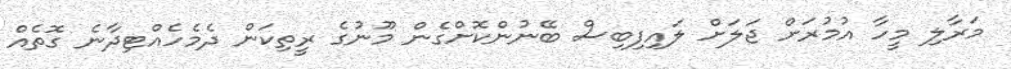
މަރާލި މީހާ އުމުރަށް ޖަލަށް ލައިފިބިސް ބޭނުންކޮށްގެން މޫނުގެ ރީތިކަން ދެމެހެއްޓިދާނެ ގޮތެއް